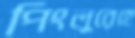
পিংলুরেহে